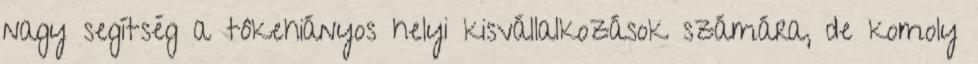
nagy segítség a tôkehiányos helyi kisvállalkozások számára, de komoly